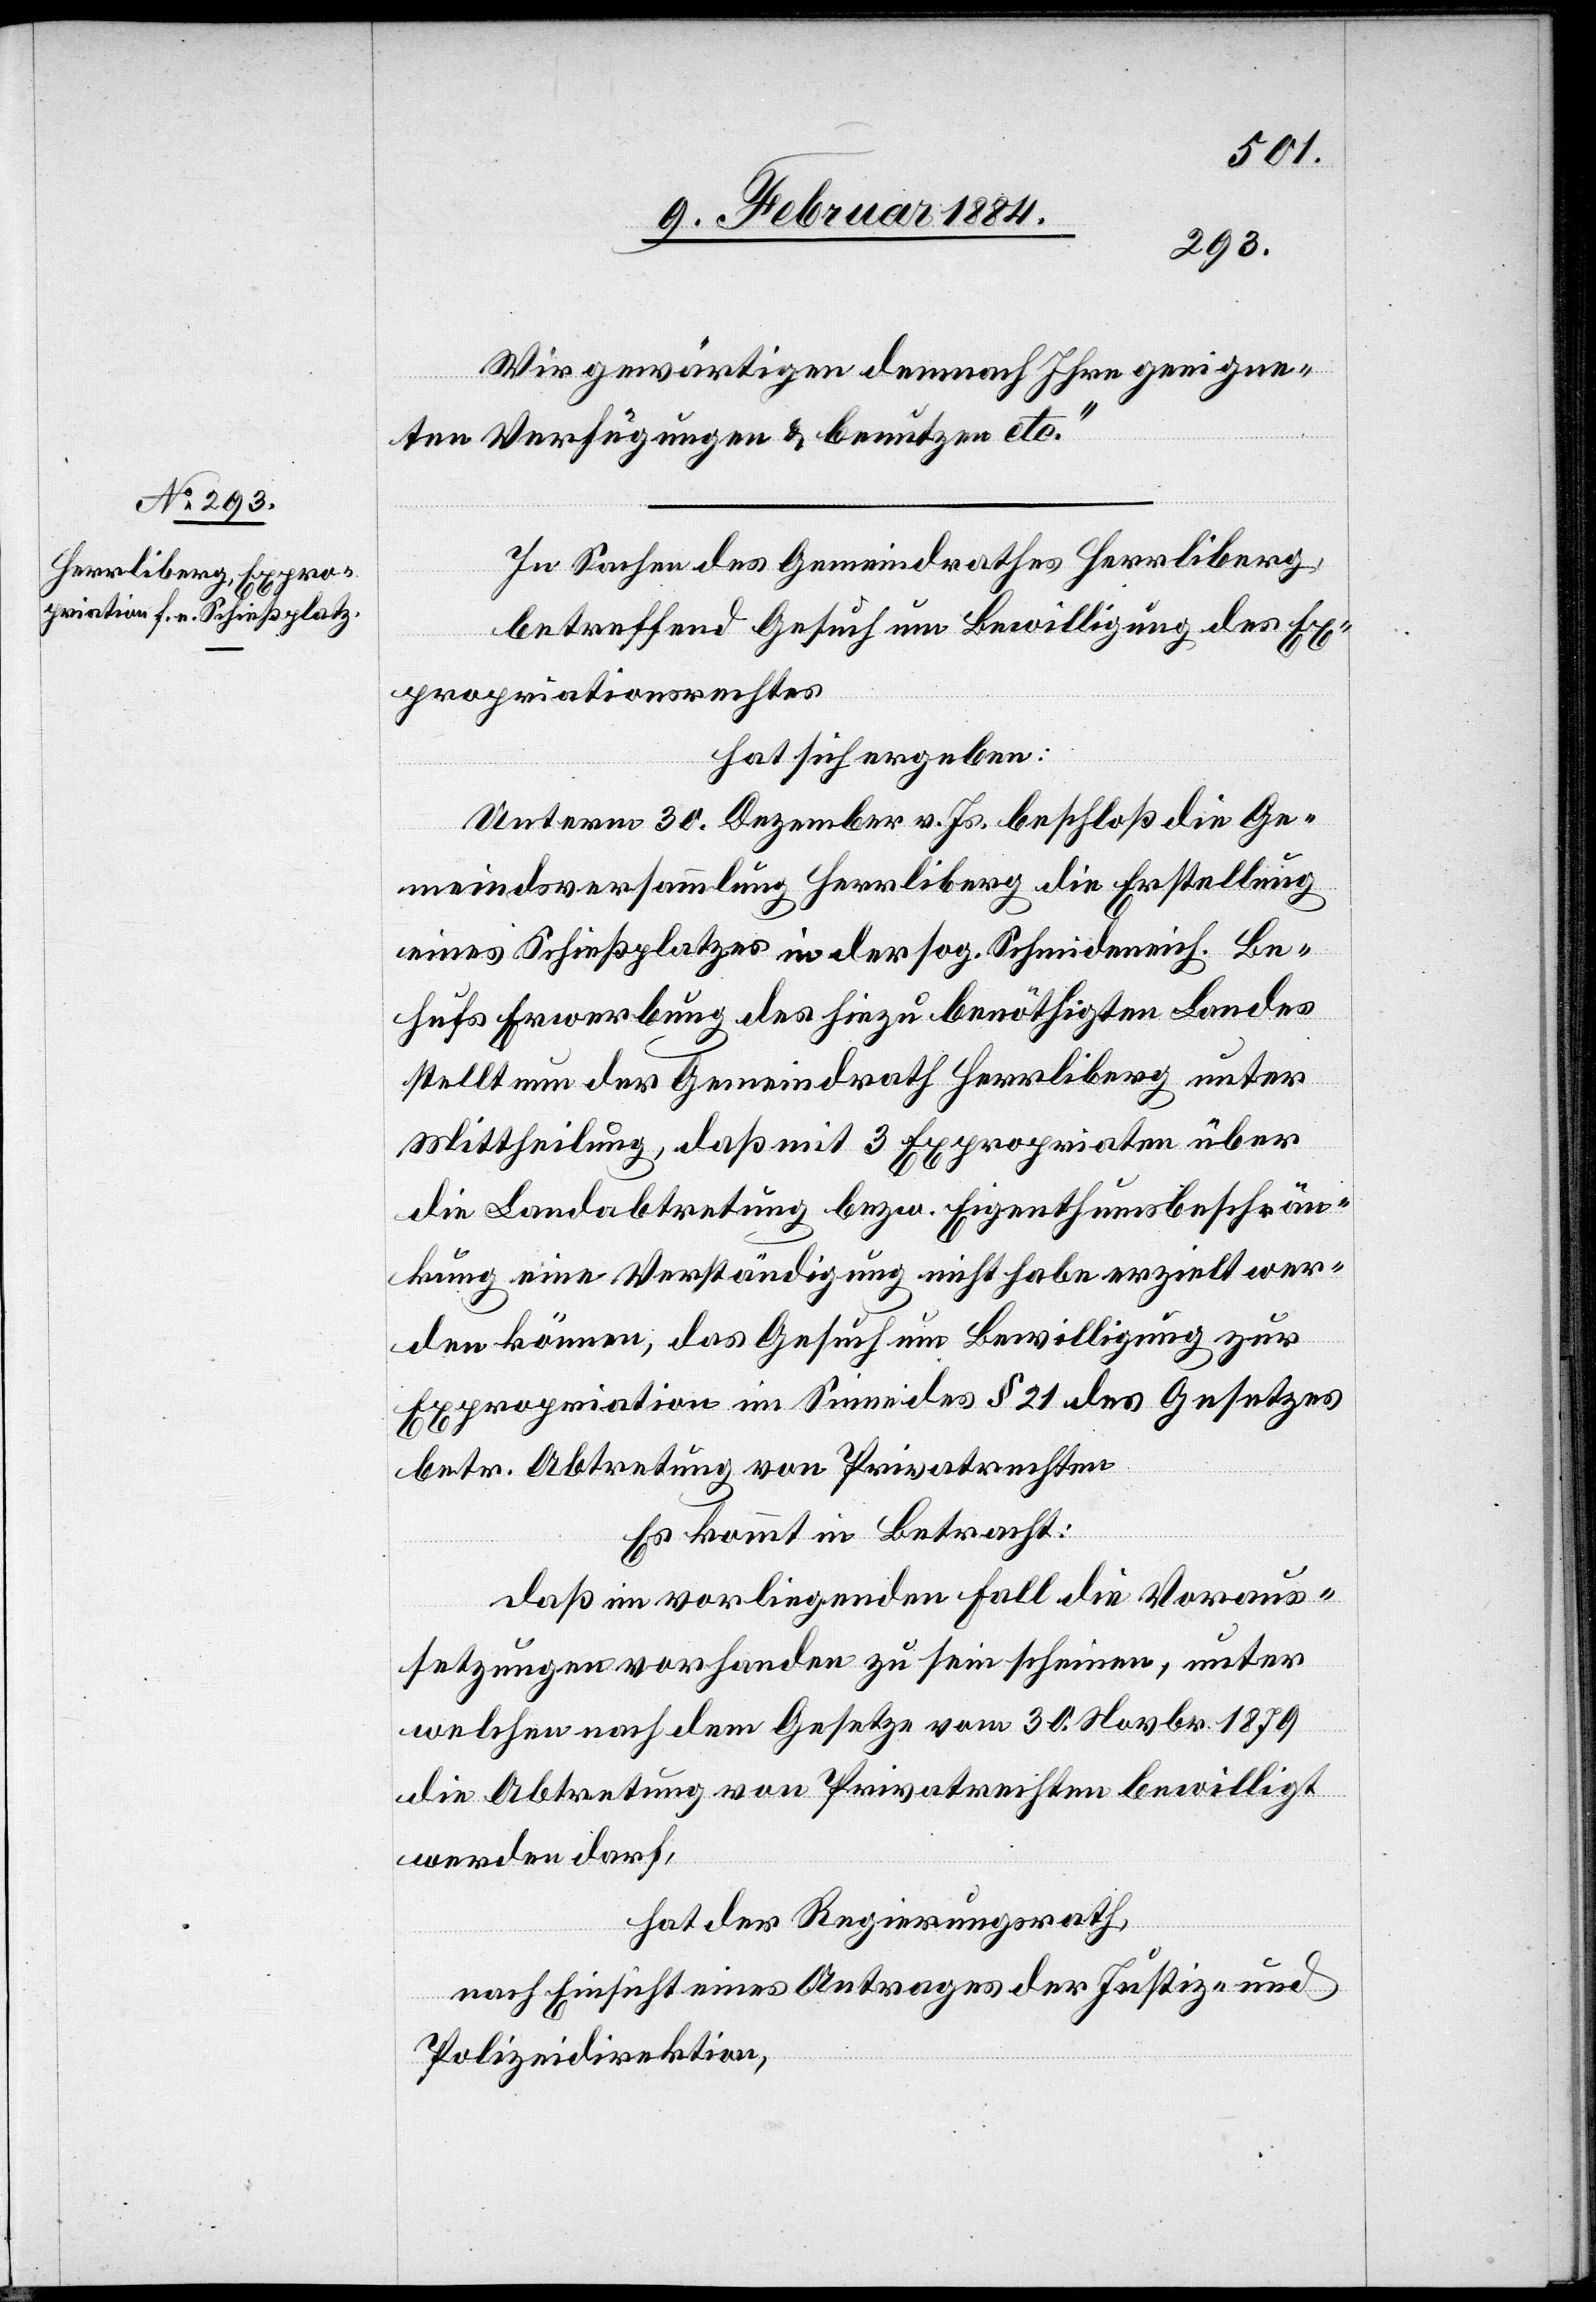
Wir gewärtigen demnach Ihre geeigne¬
ten Verfügungen & benutzen etc.“
In Sachen des Gemeindrathes Herrliberg,
betreffend Gesuch um Bewilligung des Ex¬
propriationsrechtes
hat sich ergeben:
Unterm 30. Dezember v. Js. beschloß die Ge¬
meindsversammlung Herrliberg die Erstellung
eines Schießplatzes in der sog. Schmideneich. Be¬
hufs Erwerbung des hiezu benöthigten Landes
stellt nun der Gemeindrath Herrliberg unter
Mittheilung, daß mit 3 Expropriaten über
die Landabtretung bzw. Eigenthumsbeschrän¬
kung eine Verständigung nicht habe erzielt wer¬
den können, das Gesuch um Bewilligung zur
Expropriation im Sinne des § 21 des Gesetzes
betr. Abtretung von Privatrechten.
Es kommt in Betracht:
Daß im vorliegenden Fall die Voraus¬
setzungen vorhanden zu sein scheinen, unter
welchen nach dem Gesetze vom 30. Novbr. 1879
die Abtretung von Privatrechten bewilligt
werden darf,
hat der Regierungsrath,
nach Einsicht eines Antrages der Justiz- und
Polizeidirektion,